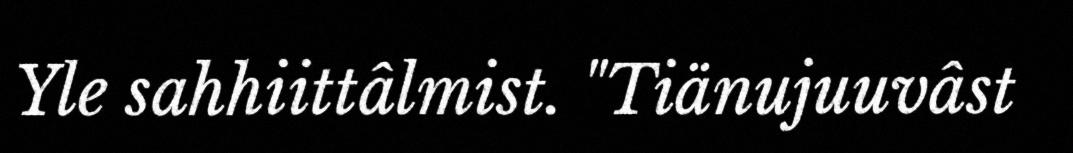
Yle sahhiittâlmist. "Tiänujuuvâst